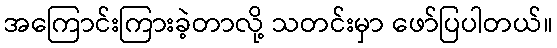
အကြောင်းကြားခဲ့တာလို့ သတင်းမှာ ဖော်ပြပါတယ်။